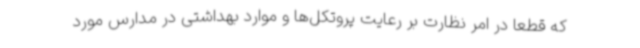
که قطعا در امر نظارت بر رعایت پروتکل‌ها و موارد بهداشتی در مدارس مورد